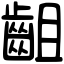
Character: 齟